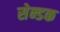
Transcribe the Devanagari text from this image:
सेन्डक